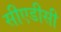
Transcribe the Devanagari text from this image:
सीएडीसी